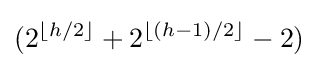
(2^{\lfloor h/2\rfloor }+2^{\lfloor (h-1)/2\rfloor }-2)